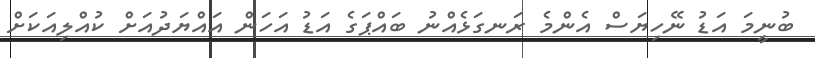
ބުނީމަ އަޑު ނޭހިޔަސް އެންމެ ރަނގަޅެއްނު ބައްޕަގެ އަޑު އަހަން އައްޔަދުއަށް ކުއްލިއަކަށް